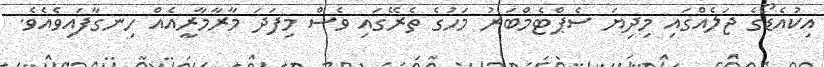
އިކުއެޑޯގެ ޖަލެއްގައި މިދިޔަ ސެޕްޓެމްބަރު މަހުގެ ތެރޭގައި ވެސް މިފަދަ މާރާމާރީއެއް ހިނގާފައިވެއެވެ.